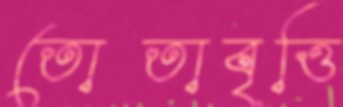
তোতাবৃত্তি